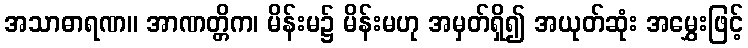
အသာဓာရဏ။ အာဏတ္တိက၊ မိန်းမ၌ မိန်းမဟု အမှတ်ရှိ၍ အယုတ်ဆုံး အမွှေးဖြင့်